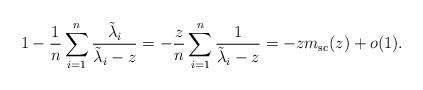
LaTeX: \begin{align*}1 - \frac{1}{n} \sum_{i=1}^{n} \frac{ \tilde{\lambda}_i}{\tilde{\lambda}_i - z } &= -\frac{z}{n} \sum_{i=1}^n \frac{1}{\tilde{\lambda}_i - z} = - zm_{\mathrm{sc}}(z) + o(1). \end{align*}